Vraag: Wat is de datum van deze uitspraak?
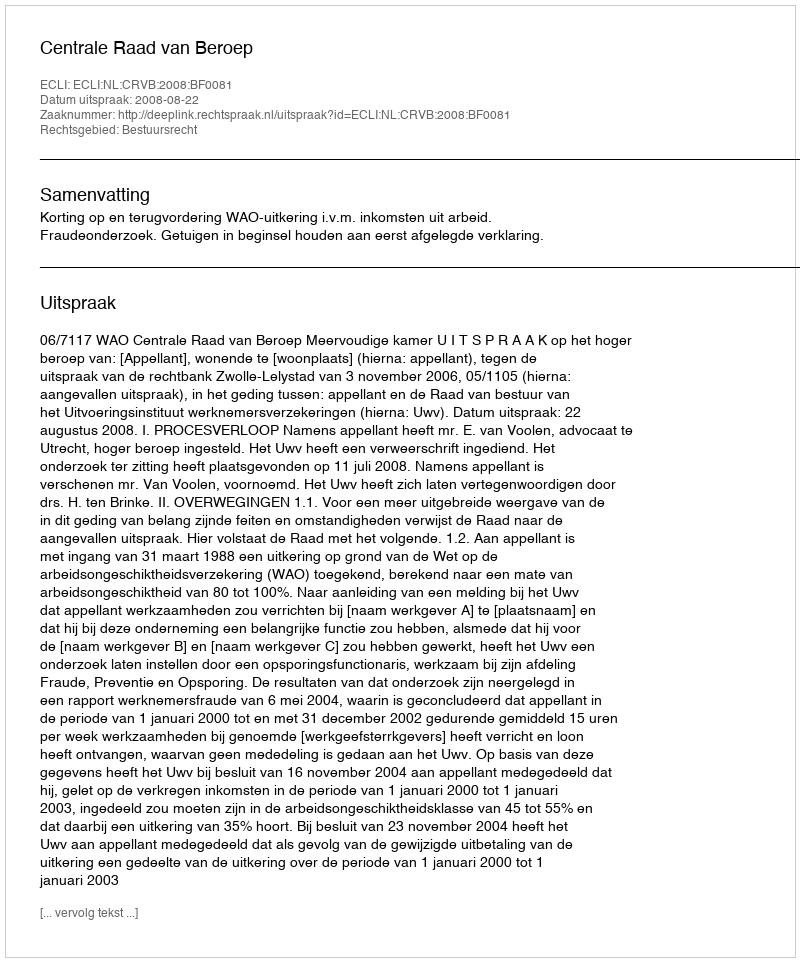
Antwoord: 2008-08-22